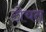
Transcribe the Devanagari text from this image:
टोचत